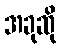
အခုဆို